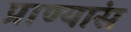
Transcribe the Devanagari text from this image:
प्राण्यांस